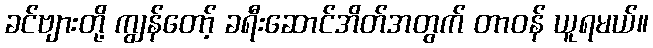
ခင်ဗျားတို့ ကျွန်တော့် ခရီးဆောင်အိတ်အတွက် တာဝန် ယူရမယ်။